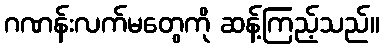
ဂဏန်းလက်မတွေကို ဆန့်ကြည့်သည်။